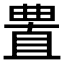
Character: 𰗁